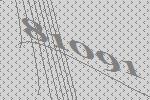
81091